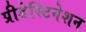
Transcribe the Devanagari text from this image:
प्रीडेस्टिनेशन